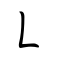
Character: ㇄